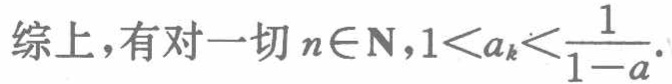
综上，有对一切 \(n\in\mathbf{N},1 < a_{k} < \frac{1}{1 - a}\)。